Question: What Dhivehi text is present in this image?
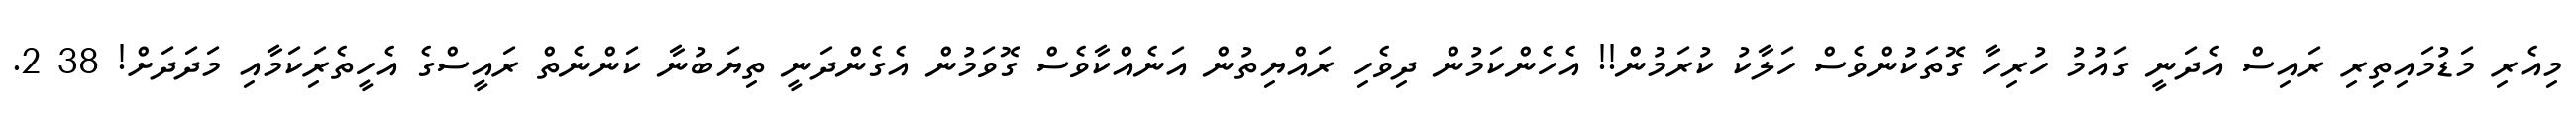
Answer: މިއެރި މަޑުމައިތިރި ރައިސް އެދަނީ ގައުމު ހުރިހާ ގޮތަކުންވެސް ހަލާކު ކުރަމުން!! އެހެންކަމުން ދިވެހި ރައްޔިތުން އަނެއްކާވެސް ގޮވަމުން އެގެންދަނީ ތިޔަބުނާ ކަންނެތް ރައީސްގެ އެހީތެރިަކަމާއި މަދަދަށް! 38 2.